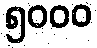
၅၀၀၀